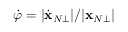
\dot { \varphi } = | \dot { \bf x } _ { N \bot } | / | { \bf x } _ { N \bot } |